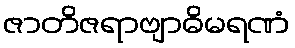
ဇာတိဇရာဗျာဓိမရဏံ